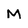
Character: M